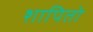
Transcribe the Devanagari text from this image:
शापितो